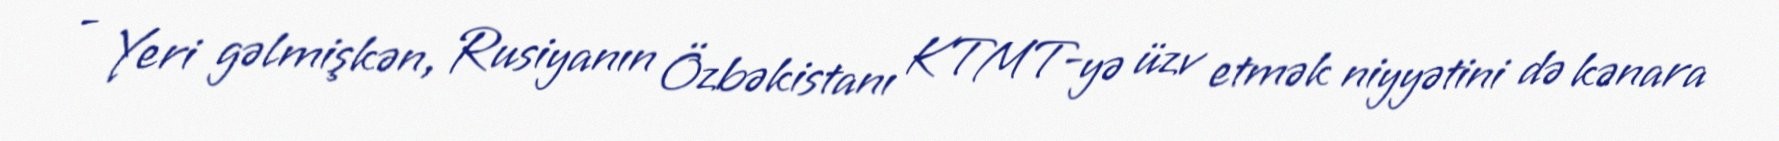
- Yeri gəlmişkən, Rusiyanın Özbəkistanı KTMT-yə üzv etmək niyyətini də kənara